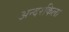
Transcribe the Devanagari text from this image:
अन्दरकिला